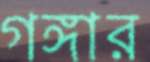
গঙ্গার